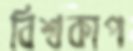
বিশ্বকাপ